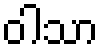
ဝါသာ